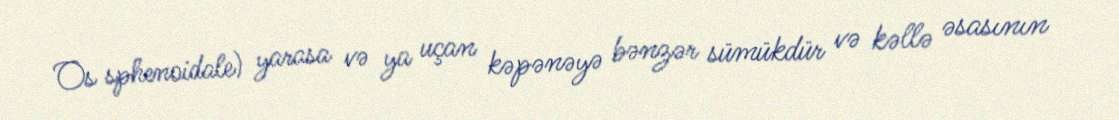
Os sphenoidale) yarasa və ya uçan kəpənəyə bənzər sümükdür və kəllə əsasının